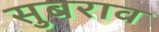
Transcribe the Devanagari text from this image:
सुबराव